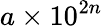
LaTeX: a\times 10^{2n}